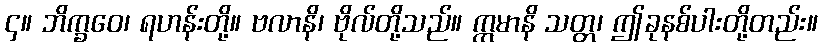
၄။ ဘိက္ခဝေ၊ ရဟန်းတို့။ ဗလာနိ၊ ဗိုလ်တို့သည်။ ဣမာနိ သတ္တ၊ ဤခုနစ်ပါးတို့တည်း။